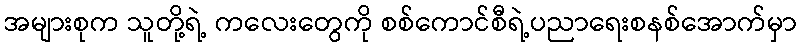
အများစုက သူတို့ရဲ့ ကလေးတွေကို စစ်ကောင်စီရဲ့ပညာရေးစနစ်အောက်မှာ